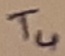
Text: T4